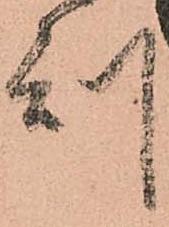
刻